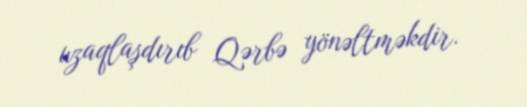
uzaqlaşdırıb Qərbə yönəltməkdir.